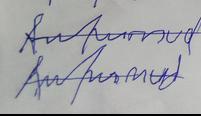
Signature authenticity: forged